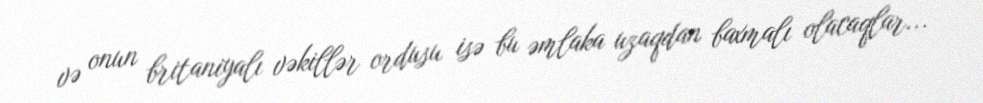
və onun britaniyalı vəkillər ordusu isə bu əmlaka uzaqdan baxmalı olacaqlar...